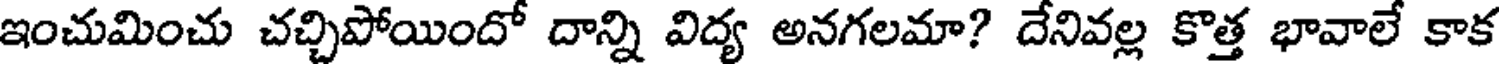
ఇంచుమించు చచ్చిపోయిందో దాన్ని విద్య అనగలమా? దేనివల్ల కొత్త భావాలే కాక